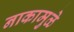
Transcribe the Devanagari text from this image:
नाकामुळे